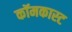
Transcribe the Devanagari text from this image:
कॉमकास्‍ट